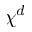
\chi ^ { d }